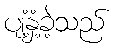
ပျံ့နှံ့ခဲ့သည်